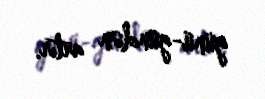
günü-gündən artır.